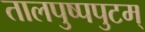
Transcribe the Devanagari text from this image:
तालपुष्पपुटम्